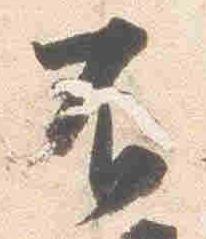
不